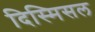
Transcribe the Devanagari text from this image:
दिस्मिसल